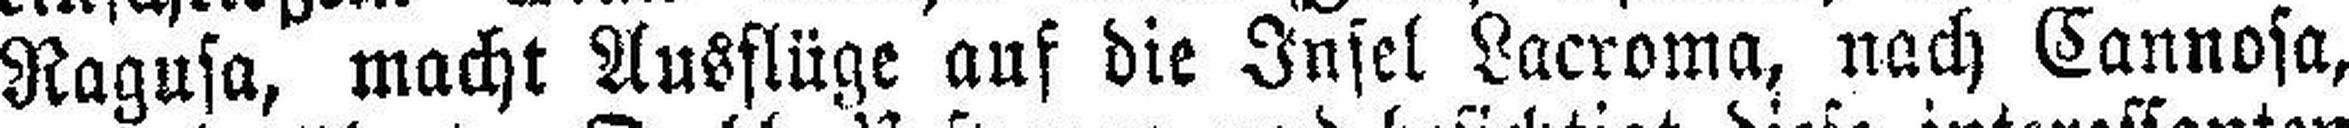
Ragusa, macht Ausflüge auf die Insel Lacroma, nach Cannosa,